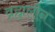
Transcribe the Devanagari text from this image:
व्रह्मलीन